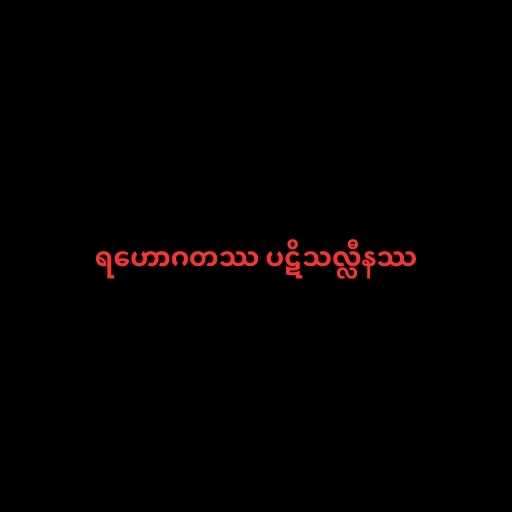
ရဟောဂတဿ ပဋိသလ္လီနဿ